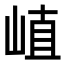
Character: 𡸜